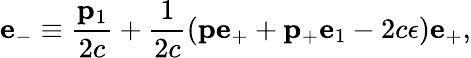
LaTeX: {\mathbf e}_{-}\equiv\frac{{\mathbf p}_{1}}{2c}+\frac{1}{2c}({\mathbf p}{\mathbf e}_{+}+{\mathbf p_{+}}{\mathbf e}_{1}-2c\epsilon){\mathbf e}_{+},